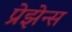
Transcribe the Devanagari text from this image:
प्रेझेन्स